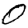
Digit: 0